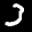
Label: 3